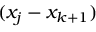
( x _ { j } - x _ { k + 1 } )